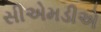
સીએમડીએ